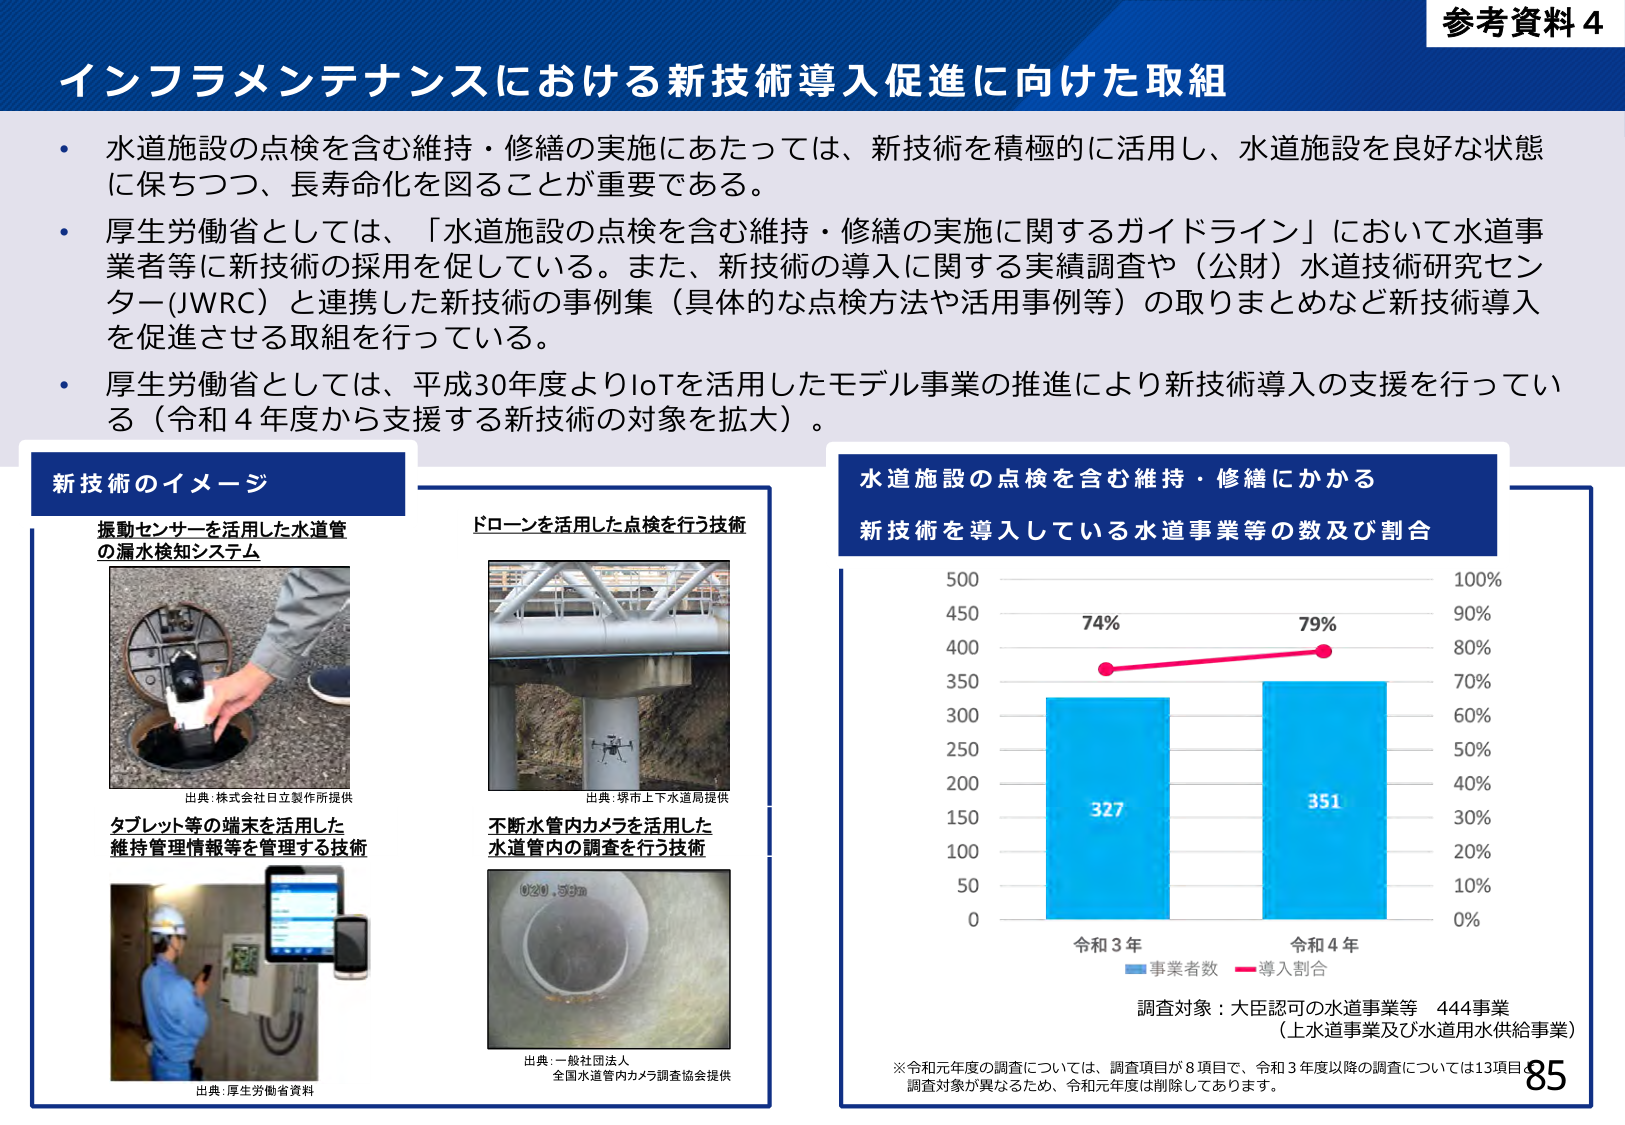
参考資料 4
インフラメンテナンスにおける新技術導入促進に向けた取組

・水道施設の点検を含む維持・修繕の実施にあたっては、新技術を積極的に活用し、水道施設を良好な状態に保ちつつ、長寿命化を図ることが重要である。
・厚生労働省としては、「水道施設の点検を含む維持・修繕の実施に関するガイドライン」において水道事業者等に新技術の採用を促している。また、新技術の導入に関する実績調査や（公財）水道技術研究センター（WRC）と連携した新技術の事例集（具体的な点検方法や活用事例等）の取りまとめなど新技術導入を促進させる取組を行っている。
・厚生労働省としては、平成30年度よりIoTを活用したモデル事業の推進により新技術導入の支援を行っている（令和4年度から支援する新技術の対象を拡大）。

新技術のイメージ
振動センサーを活用した水道管の漏水検知システム
出典：株式会社日立製作所提供
タブレット等の端末を活用した維持管理情報等を管理する技術
出典：厚生労働省資料

ドローンを活用した点検を行う技術
出典：堺市上下水道局提供
不断水管内カメラを活用した水道管内の調査を行う技術
出典：一般社団法人 全国水道管内カメラ調査協会提供

水道施設の点検を含む維持・修繕にかかる
新技術を導入している水道事業等の数及び割合

（グラフ）
縦軸左：0, 50, 100, 150, 200, 250, 300, 350, 400, 450, 500
縦軸右：0%, 10%, 20%, 30%, 40%, 50%, 60%, 70%, 80%, 90%, 100%
横軸：令和3年、令和4年
青色棒グラフ：令和3年 327、令和4年 351
赤色折れ線グラフ：令和3年 74%、令和4年 79%
凡例：事業者数（青）、導入割合（赤）

調査対象：大臣認可の水道事業等 444事業
（上水道事業及び水道用水供給事業）

※令和元年度の調査については、調査項目が8項目で、令和3年度以降の調査については13項目と調査対象が異なるため、令和元年度は削除しております。

85